Calcutta medical institutions reports 1871-78
Year: 1871
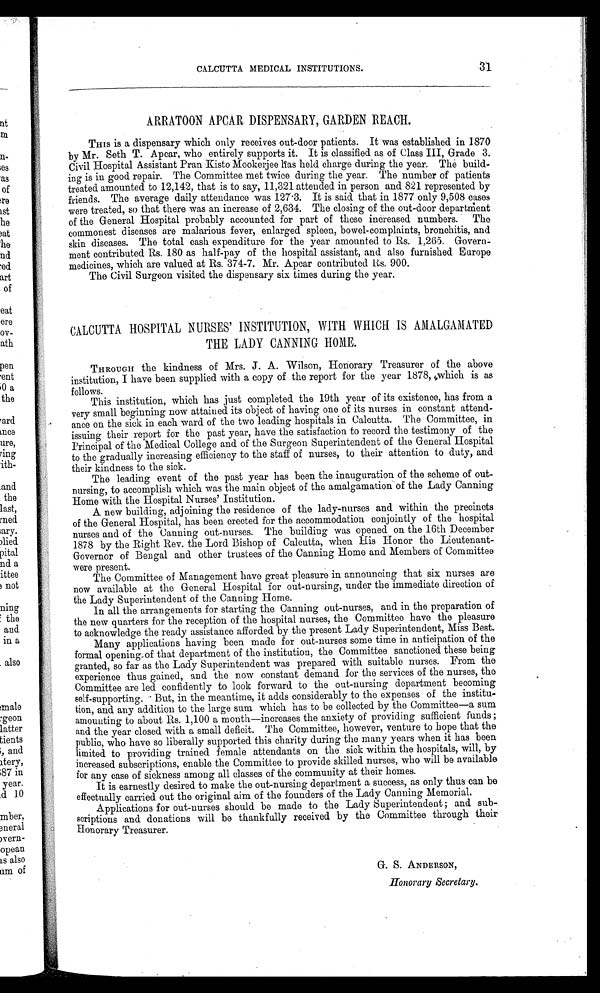
CALCUTTA MEDICAL INSTITUTIONS.
81
ARRATOON APCAR DISPENSARY, GARDEN REACH.
THIS is a dispensary which only receives out-door patients. It was established in 1870
by Mr. Seth T. Apcar, who entirely supports it. It is classified as of Class III, Grade 3.
Civil Hospital Assistant Pran Kisto Mookerjee has held charge during the year. The build-
ing is in good repair. The Committee met twice during the year. The number of patients
treated amounted to 12,142, that is to say, 11,321 attended in person and 821 represented by
friends. The average daily attendance was 127.3. It is said that in 1877 only 9,508 cases
were treated, so that there was an increase of 2,634. The closing of the out-door department
of the General Hospital probably accounted for part of these increased numbers. The
commonest diseases are malarious fever, enlarged spleen, bowel-complaints, bronchitis, and
skin diseases. The total cash expenditure for the year amounted to Rs. 1,265. Govern-
ment contributed Rs. 180 as half-pay of the hospital assistant, and also furnished Europe
medicines, which are valued at Rs. 374-7. Mr. Apcar contributed Rs. 900.
The Civil Surgeon visited the dispensary six times during the year.
CALCUTTA HOSPITAL NURSES' INSTITUTION, WITH WHICH IS AMALGAMATED
THE LADY CANNING HOME.
THROUGH the kindness of Mrs. J. A. Wilson, Honorary Treasurer of the above
institution, I have been supplied with a copy of the report for the year 1878, which is as
follows.
This institution, which has just completed the 19th year of its existence, has from a
very small beginning now attained its object of having one of its nurses in constant attend-
ance on the sick in each ward of the two leading hospitals in Calcutta. The Committee, in
issuing their report for the past year, have the satisfaction to record the testimony of the
Principal of the Medical College and of the Surgeon Superintendent of the General Hospital
to the gradually increasing efficiency to the staff of nurses, to their attention to duty, and
their kindness to the sick.
The leading event of the past year has been the inauguration of the scheme of out-
nursing, to accomplish which was the main object of the amalgamation of the Lady Canning
Home with the Hospital Nurses' Institution.
A new building, adjoining the residence of the lady-nurses and within the precincts
of the General Hospital, has been erected for the accommodation conjointly of the hospital
nurses and of the Canning out-nurses. The building was opened on the 16th December
1878 by the Right Rev. the Lord Bishop of Calcutta, when His Honor the Lieutenant-
Governor of Bengal and other trustees of the Canning Home and Members of Committee
were present.
The Committee of Management have great pleasure in announcing that six nurses are
now available at the General Hospital for out-nursing, under the immediate direction of
the Lady Superintendent of the Canning Home.
In all the arrangements for starting the Canning out-nurses, and in the preparation of
the new quarters for the reception of the hospital nurses, the Committee have the pleasure
to acknowledge the ready assistance afforded by the present Lady Superintendent, Miss Best.
Many applications having been made for out-nurses some time in anticipation of the
formal opening of that department of the institution, the Committee sanctioned these being
granted, so far as the Lady Superintendent was prepared with suitable nurses. From the
experience thus gained, and the now constant demand for the services of the nurses, the
Committee are led confidently to look forward to the out-nursing department becoming
self-supporting. But, in the meantime, it adds considerably to the expenses of the institu-
tion, and any addition to the large sum which has to be collected by the Committee—a sum
amounting to about Rs. 1,100 a month—increases the anxiety of providing sufficient funds;
and the year closed with a small deficit. The Committee, however, venture to hope that the
public, who have so liberally supported this charity during the many years when it has been
limited to providing trained female attendants on the sick within the hospitals, will, by
increased subscriptions, enable the Committee to provide skilled nurses, who will be available
for any ease of sickness among all classes of the community at their homes.
It is earnestly desired to make the out-nursing department a success, as only thus can be
effectually carried out the original aim of the founders of the Lady Canning Memorial.
Applications for out-nurses should be made to the Lady Superintendent; and sub-
scriptions and donations will be thankfully received by the Committee through their
Honorary Treasurer.
G. S. ANDERSON,
Honorary Secretary.